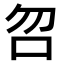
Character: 𠯳